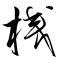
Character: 桟